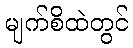
မျက်စိထဲတွင်